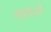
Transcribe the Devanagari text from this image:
स्ववशो